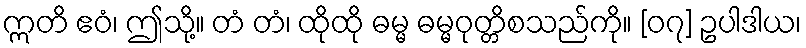
ဣတိ ဧဝံ၊ ဤသို့။ တံ တံ၊ ထိုထို ဓမ္မ ဓမ္မဝုတ္တိစသည်ကို။ [၀၇] ဥပါဒါယ၊